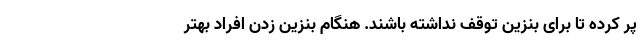
پر کرده تا برای بنزین توقف نداشته باشند. هنگام بنزین زدن افراد بهتر